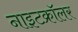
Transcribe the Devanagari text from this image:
नाइटक्रॉलर